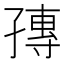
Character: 𡦕